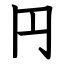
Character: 円